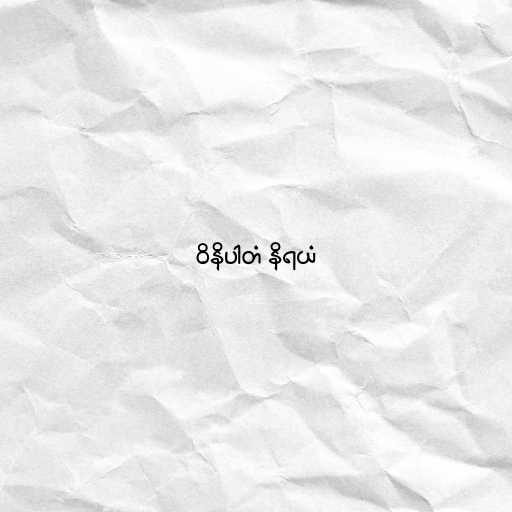
ဝိနိပါတံ နိရယံ